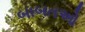
બાબતઓ